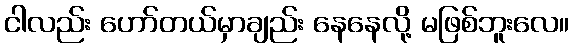
ငါလည်း ဟော်တယ်မှာချည်း နေနေလို့ မဖြစ်ဘူးလေ။